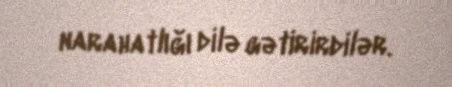
narahatlığı dilə gətirirdilər.